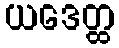
ယဒေတ္ထ